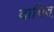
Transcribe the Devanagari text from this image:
दाचित्